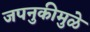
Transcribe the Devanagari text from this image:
जपनुकीमुळे